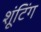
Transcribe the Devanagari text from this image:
शूंटिंग